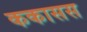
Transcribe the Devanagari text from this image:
ककासस